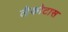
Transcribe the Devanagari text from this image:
लैकोटास